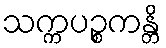
သက္ကပဉ္စကန္တိ